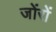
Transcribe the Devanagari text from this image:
जोंरों